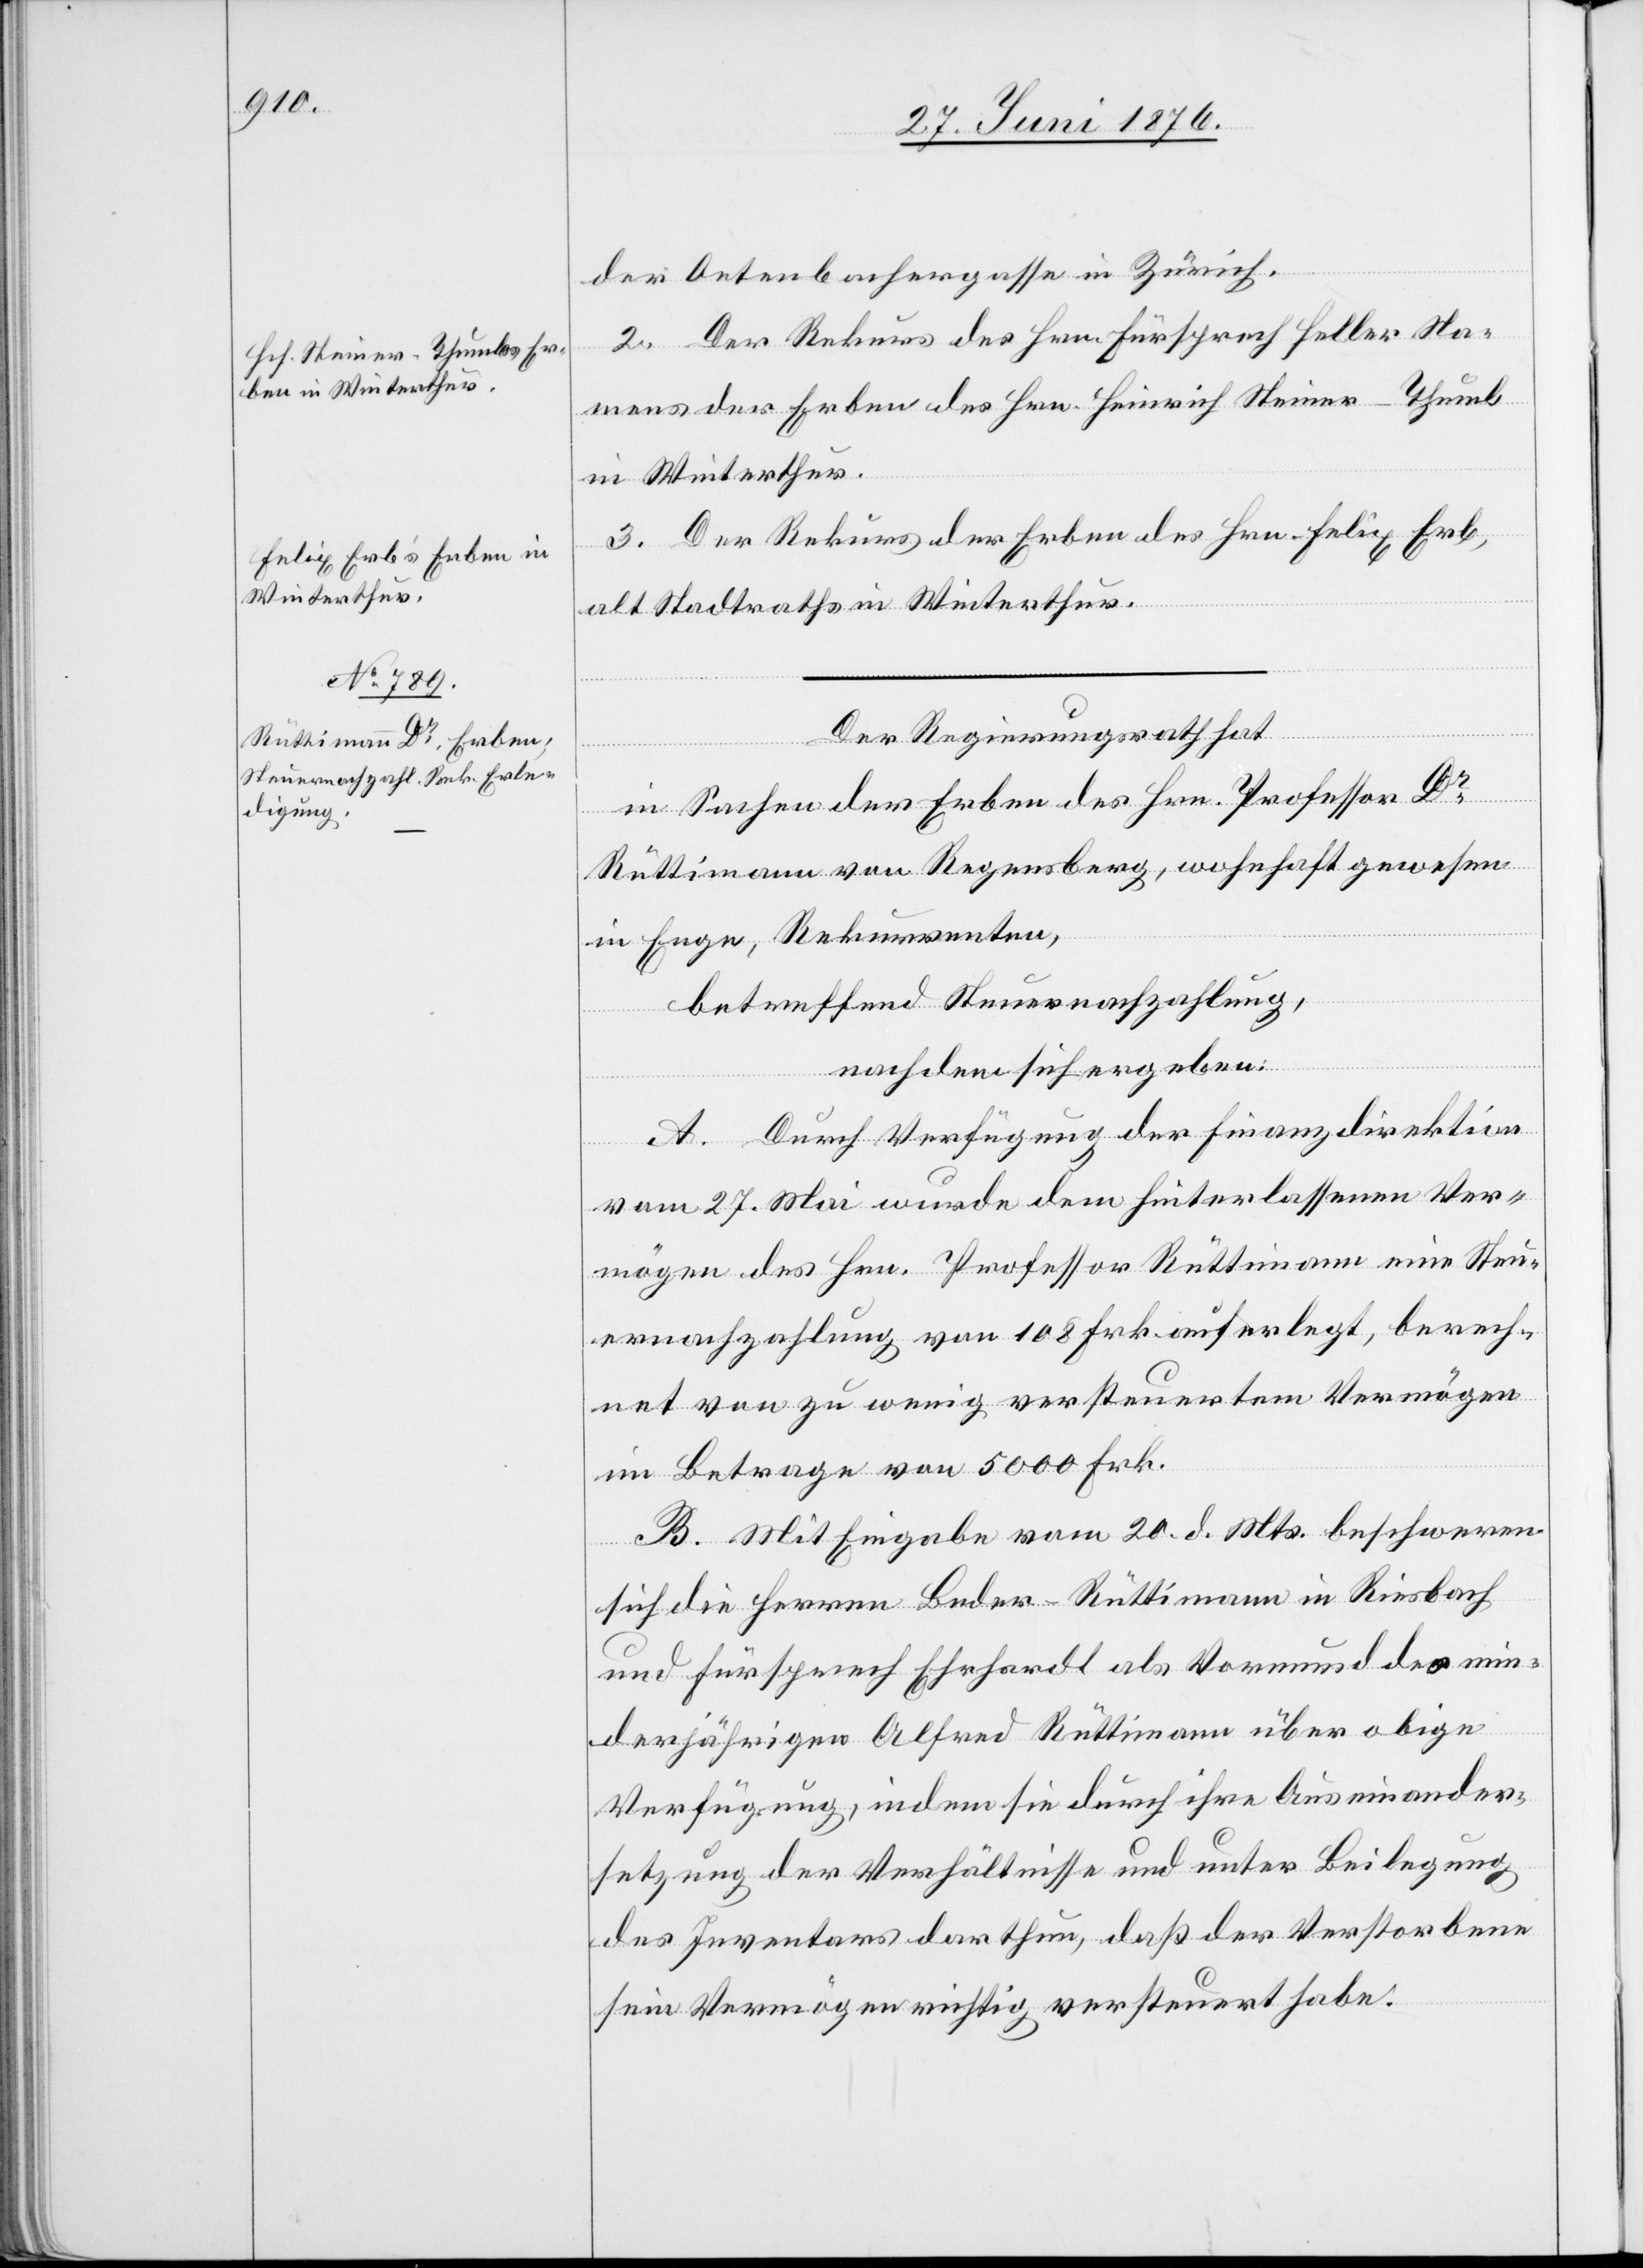
der Oetenbachergasse in Zürich.
2. Der Rekurs des Hrn. Fürsprech Haller Na¬
mens der Erben des Hrn. Heinrich Steiner-Thumb
in Winterthur.
3. Der Rekurs der Erbend des Hrn. Felix Erb,
alt Stadtraths in Winterthur.
Der Regierungsrath hat
in Sachen der Erben des Hrn. Professor Dr
Rüttimann von Regensberg, wohnhaft gewesen
in Enge, Rekurrenten,
betreffend Steuernachzahlung,
nachdem sich ergeben:
A. Durch Verfügung der Finanzdirektion
vom 27. Mai wurde dem hinterlassenen Ver¬
mögen des Hrn. Professor Rüttimann eine Steu¬
ernachzahlung von 108 Frk. auferlegt, berech¬
net von zu wenig versteuertem Vermögen
im Betrage von 5000 Frk.
B. Mit Eingabe vom 20. d. Mts. beschweren
sich die Herren Beder-Rüttimann in Riesbach
und Fürsprech Ehrhardt als Vormund des min¬
derjährigen Alfred Rüttimann über obige
Verfügung, indem sie durch ihre Auseinander¬
setzung der Verhältnisse und unter Beilegung
des Inventars darthun, daß der Verstorbene
sein Vermögen richtig versteuert habe.